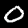
Label: 0